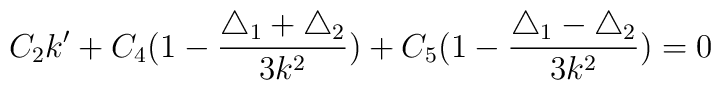
C_2k'+C_4(1-\frac{\triangle_1 +\triangle_2}{3k^2})+C_5(1-\frac{\triangle_1 -\triangle_2}{3k^2})=0